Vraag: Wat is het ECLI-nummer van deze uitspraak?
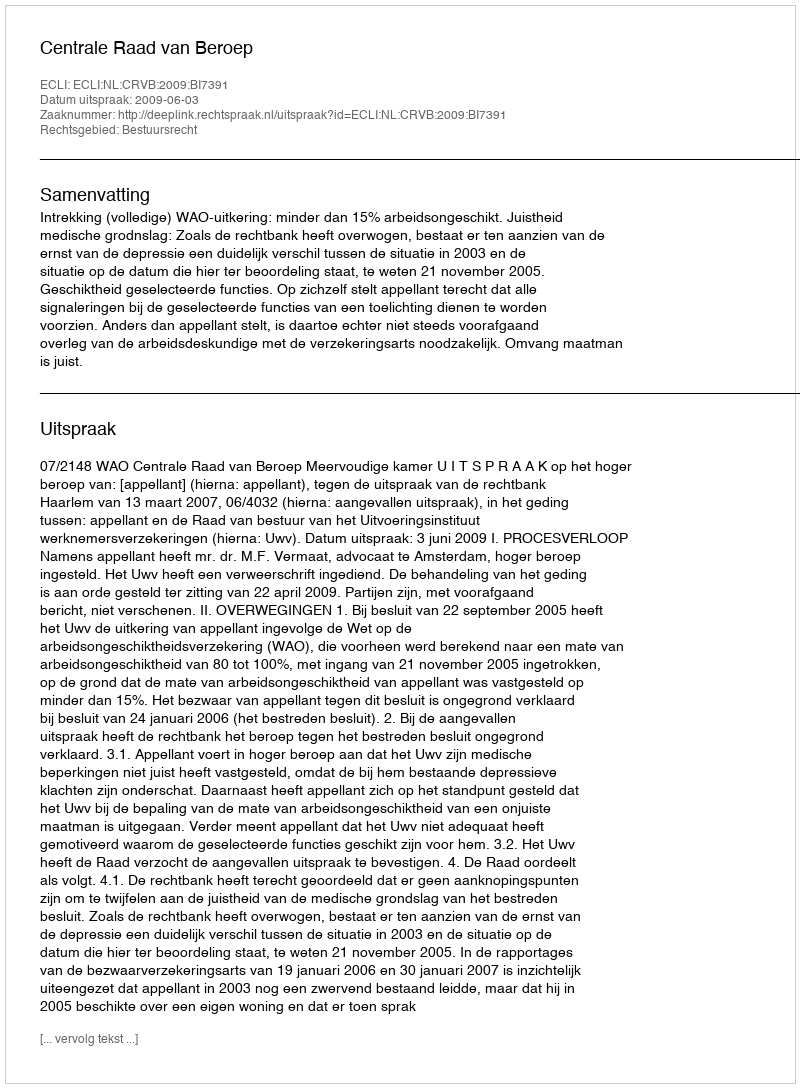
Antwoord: ECLI:NL:CRVB:2009:BI7391